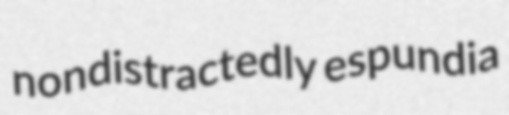
nondistractedly espundia